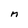
Character: n